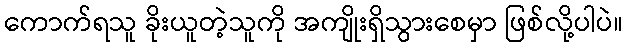
ကောက်ရသူ ခိုးယူတဲ့သူကို အကျိုးရှိသွားစေမှာ ဖြစ်လို့ပါပဲ။